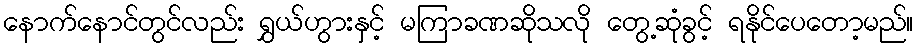
နောက်နောင်တွင်လည်း ရွှယ်ဟွားနှင့် မကြာခဏဆိုသလို တွေ့ဆုံခွင့် ရနိုင်ပေတော့မည်။